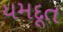
યમદૂત